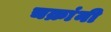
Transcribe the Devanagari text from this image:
चक्रांनी